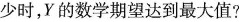
少时，Y的数学期望达到最大值?